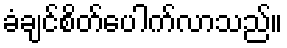
ခံချင်စိတ်ပေါက်လာသည်။